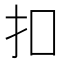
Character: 扣